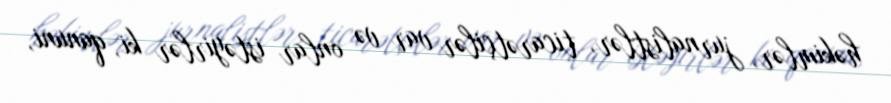
həkimlər, jurnalistlər, ticarətçilər var və onlar istəyirlər ki, qanuni,